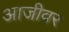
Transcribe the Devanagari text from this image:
आजीवर